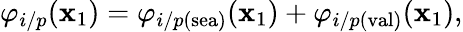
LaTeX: \varphi_{i/p}(\mathbf{x}_{1})=\varphi_{i/p(\mathrm{{sea}})}(\mathbf{x}_{1})+\varphi_{i/p(\mathrm{{val}})}(\mathbf{x}_{1}),